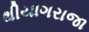
થીયાગરાજા